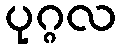
ပုဂ္ဂလ